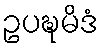
ဥပဍ္ဎမိဒံ